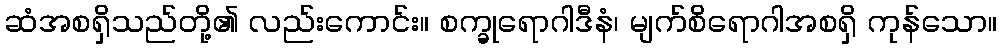
ဆံအစရှိသည်တို့၏ လည်းကောင်း။ စက္ခုရောဂါဒီနံ၊ မျက်စိရောဂါအစရှိ ကုန်သော။